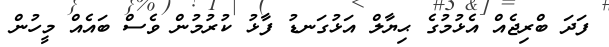
ފަދަ ބްރިޖެއް އެޅުމުގެ ޙިޔާލް އަޅުގަނޑު ފާޅު ކުރުމުން ވެސް ބައެއް މީހުން